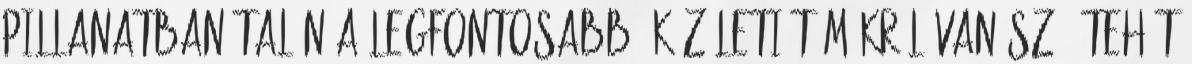
pillanatban talán a legfontosabb: közéleti témákról van szó, tehát